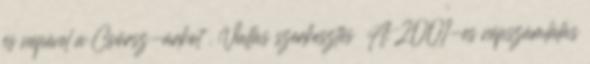
és népével a Csörsz-árkot . Vallás szerkesztés A 2001-es népszámlálás